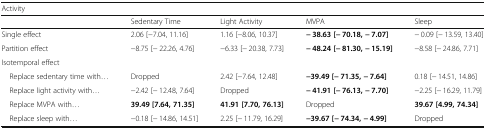
| <COLSPAN=5> Activity |
 |  | Sedentary Time | Light Activity | MVPA | Sleep |
 | --- | --- | --- | --- | --- |
 | Single effect | 2.06 [−7.04, 11.16] | 1.16 [−8.06, 10.37] | − 38.63 [− 70.18, − 7.07] | − 0.09 [− 13.59, 13.40] |
 | Partition effect | −8.75 [− 22.26, 4.76] | −6.33 [− 20.38, 7.73] | − 48.24 [− 81.30, − 15.19] | −8.58 [− 24.86, 7.71] |
 | <COLSPAN=5> Isotemporal effect |
 | Replace sedentary time with... | Dropped | 2.42 [−7.64, 12.48] | −39.49 [− 71.35, − 7.64] | 0.18 [− 14.51, 14.86] |
 | Replace light activity with... | −2.42 [− 12.48, 7.64] | Dropped | − 41.91 [− 76.13, − 7.70] | −2.25 [− 16.29, 11.79] |
 | Replace MVPA with... | 39.49 [7.64, 71.35] | 41.91 [7.70, 76.13] | Dropped | 39.67 [4.99, 74.34] |
 | Replace sleep with... | −0.18 [− 14.86, 14.51] | 2.25 [− 11.79, 16.29] | −39.67 [− 74.34, − 4.99] | Dropped |